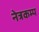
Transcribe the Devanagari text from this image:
नेत्रकम्प